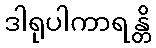
ဒါရုပါကာရန္တိ